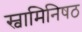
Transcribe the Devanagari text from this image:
स्वामिनिषठ